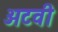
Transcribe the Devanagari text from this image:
अटवी